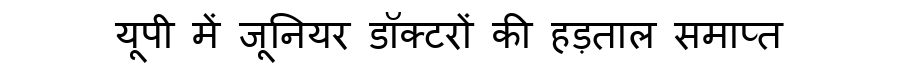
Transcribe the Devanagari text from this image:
यूपी में जूनियर डॉक्टरों की हड़ताल समाप्त